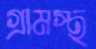
গ্রামস্থ